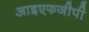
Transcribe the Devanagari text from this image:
आइएफजीपी